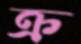
ক্র